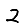
Digit: 2